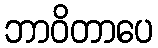
ဘာဝိတာပေ